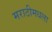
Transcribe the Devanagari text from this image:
मराठीमधला